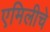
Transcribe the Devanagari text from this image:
एमिलीचे